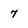
Character: 7